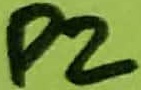
Text: P2